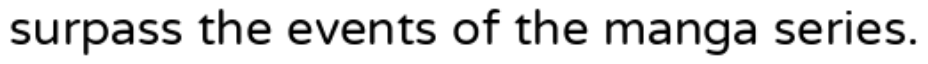
surpass the events of the manga series.